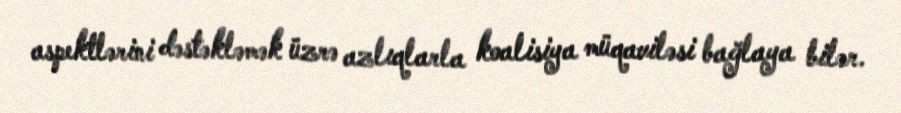
aspektlərini dəstəkləmək üzrə azlıqlarla koalisiya müqaviləsi bağlaya bilər.